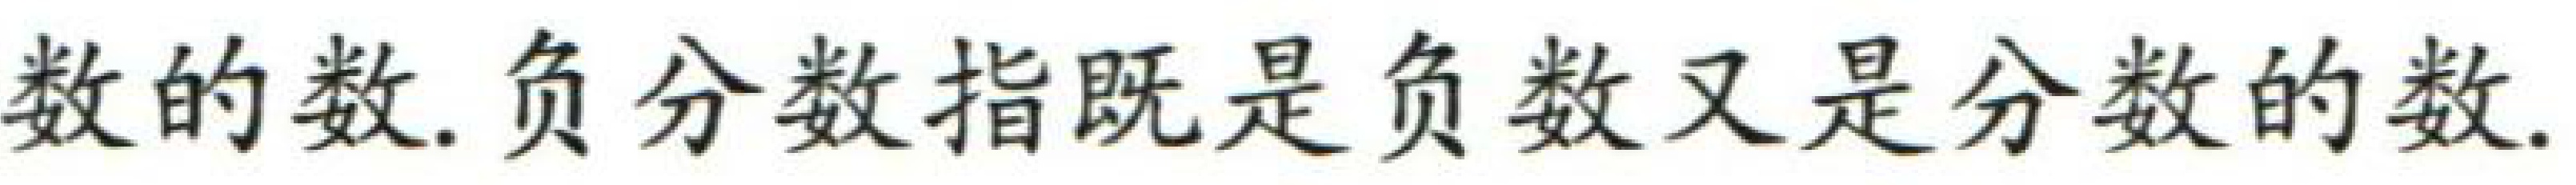
数的数. 负分数指既是负数又是分数的数.